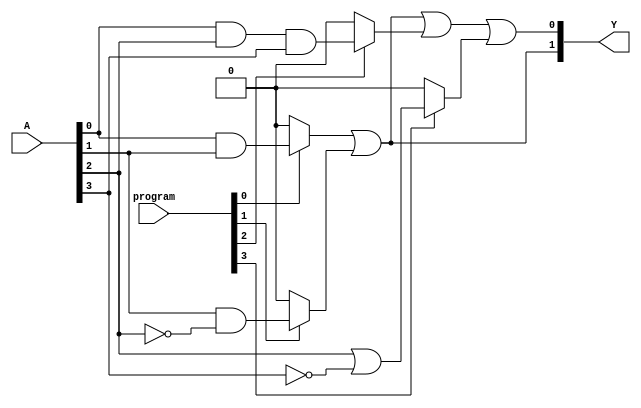
module fused_pal #(
    parameter NUM_INPUTS = 4,     // Number of inputs (A1, A2, ..., An)
    parameter NUM_AND_GATES = 4,   // Number of fixed AND gates
    parameter NUM_OUTPUTS = 2      // Number of outputs (Y1, Y2, ..., Ym)
)(
    input  wire [NUM_INPUTS-1:0] A,  // Input signals
    input  wire [NUM_AND_GATES-1:0] program, // Programming inputs for OR array
    output wire [NUM_OUTPUTS-1:0] Y   // Output signals
);

    // Fixed AND gates (combination of inputs and their complements)
    wire and_out [NUM_AND_GATES-1:0]; // AND gate outputs

    // Define the functionality of the fixed AND gates
    // For simplicity, AND gates can be hard-coded here
    // E.g., and_out[0] = A1 AND A2
    assign and_out[0] = A[0] & A[1];             // AND gate 1: A1 AND A2
    assign and_out[1] = A[1] & ~A[2];            // AND gate 2: A2 AND NOT A3
    assign and_out[2] = A[0] & A[2] & A[3];      // AND gate 3: A1 AND A3 AND A4
    assign and_out[3] = A[2] | ~A[3];            // AND gate 4: A3 OR NOT A4

    // Programmable OR gates
    assign Y[0] = (program[0] ? and_out[0] : 1'b0) |
                  (program[1] ? and_out[1] : 1'b0) |
                  (program[2] ? and_out[2] : 1'b0) |
                  (program[3] ? and_out[3] : 1'b0);

    assign Y[1] = (program[0] ? and_out[0] : 1'b0) |
                  (program[1] ? and_out[1] : 1'b0);

    // The outputs Y[0] and Y[1] represent the programmable from the AND gates
    // Additional OR gates can be added as necessary for more outputs

endmodule